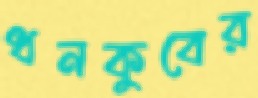
ধনকুবের